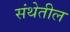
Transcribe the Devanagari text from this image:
संथेतील